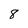
Character: 8